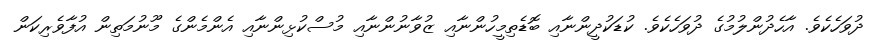
ދުވަހެކެވެ. އާހެދުންލުމުގެ ދުވަހެކެވެ. ކުޑަކުދީންނާއި ބޮޑެތިމީހުންނާއި ޒުވާނުންނާއި މުސްކުޅިންނާއި އެންމެންގެ މޫނުމަތިން އުފާވެރިކަން